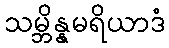
သမ္ဘိန္နမရိယာဒံ